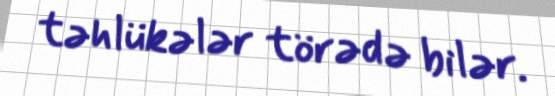
təhlükələr törədə bilər.